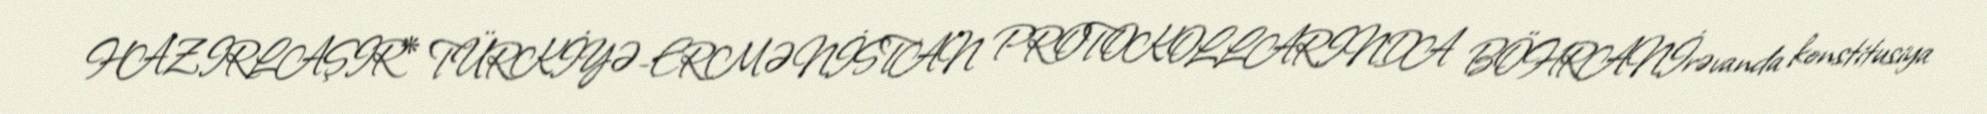
HAZIRLAŞIR* TÜRKİYƏ-ERMƏNİSTAN PROTOKOLLARINDA BÖHRANİrəvanda konstitusiya